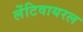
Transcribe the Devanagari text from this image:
लेंटिवायरल